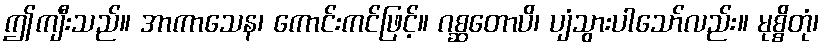
ဤကျီးသည်။ အာကာသေန၊ ကောင်းကင်ဖြင့်။ ဂစ္ဆတောပိ၊ ပျံသွားပါသော်လည်း။ မုစ္စိတုံ၊